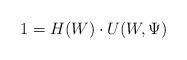
LaTeX: \begin{align*} 1= H(W)\cdot U(W,\Psi)\end{align*}